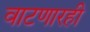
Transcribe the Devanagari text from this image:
वाटणारही